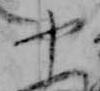
や